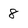
Character: 8